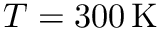
T = 3 0 0 \, \mathrm { K }